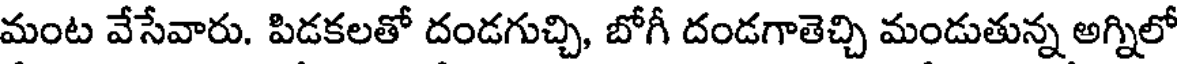
మంట వేసేవారు. పిడకలతో దండగుచ్చి, బోగీ దండగాతెచ్చి మండుతున్న అగ్నిలో